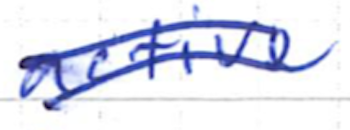
Text: active
Cross-out: double-line
Writing tool: ballpoint